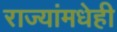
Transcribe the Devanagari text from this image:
राज्यांमधेही